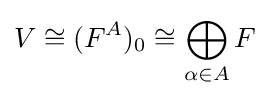
V\cong (F^{A})_{0}\cong \bigoplus _{\alpha \in A}F